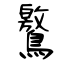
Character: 鸄